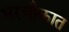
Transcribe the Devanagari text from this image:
भरचौकात